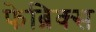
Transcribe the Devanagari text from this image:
फेब्रिक्स